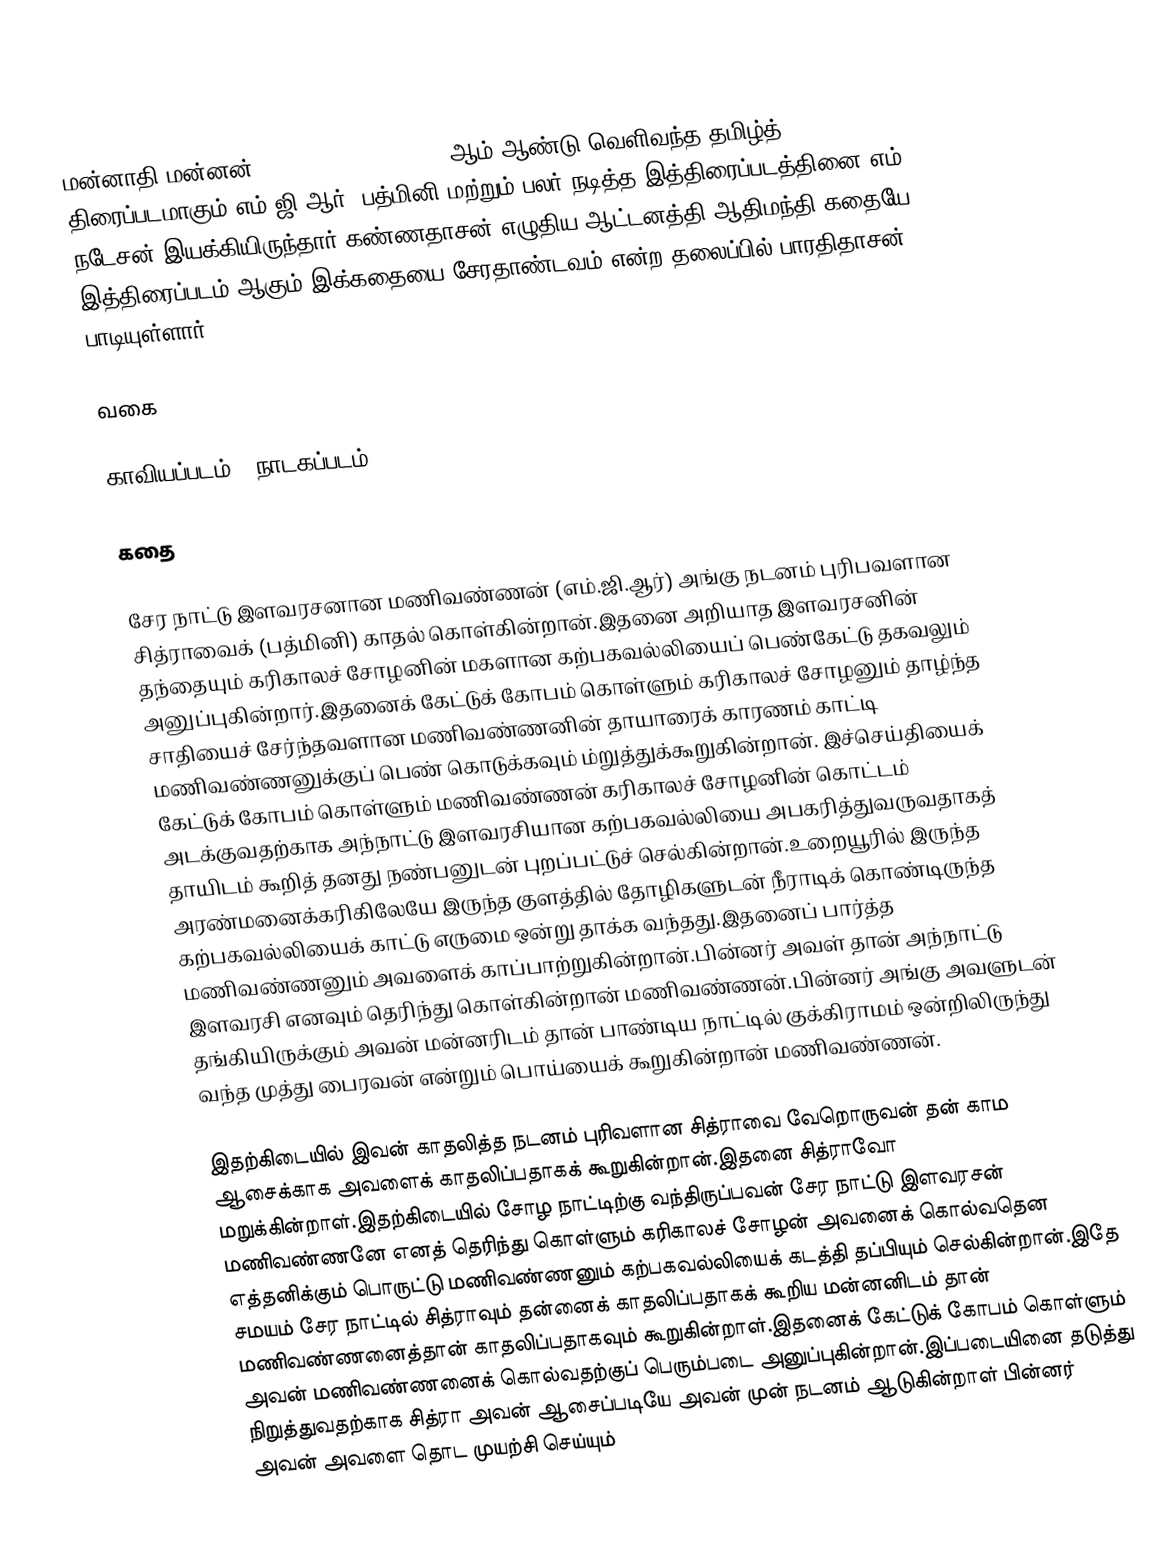
மன்னாதி மன்னன்(Mannathi Mannan) 1960 ஆம் ஆண்டு வெளிவந்த தமிழ்த் திரைப்படமாகும்.எம்.ஜி.ஆர், பத்மினி மற்றும் பலர் நடித்த இத்திரைப்படத்தினை எம். நடேசன் இயக்கியிருந்தார்.கண்ணதாசன் எழுதிய ஆட்டனத்தி ஆதிமந்தி கதையே இத்திரைப்படம் ஆகும்.இக்கதையை சேரதாண்டவம் என்ற தலைப்பில் பாரதிதாசன் பாடியுள்ளார்.

வகை

காவியப்படம் / நாடகப்படம்

கதை

சேர நாட்டு இளவரசனான மணிவண்ணன் (எம்.ஜி.ஆர்) அங்கு நடனம் புரிபவளான சித்ராவைக் (பத்மினி) காதல் கொள்கின்றான்.இதனை அறியாத இளவரசனின் தந்தையும் கரிகாலச் சோழனின் மகளான கற்பகவல்லியைப் பெண்கேட்டு தகவலும் அனுப்புகின்றார்.இதனைக் கேட்டுக் கோபம் கொள்ளும் கரிகாலச் சோழனும் தாழ்ந்த சாதியைச் சேர்ந்தவளான மணிவண்ணனின் தாயாரைக் காரணம் காட்டி மணிவண்ணனுக்குப் பெண் கொடுக்கவும் ம்றுத்துக்கூறுகின்றான். இச்செய்தியைக் கேட்டுக் கோபம் கொள்ளும் மணிவண்ணன் கரிகாலச் சோழனின் கொட்டம் அடக்குவதற்காக அந்நாட்டு இளவரசியான கற்பகவல்லியை அபகரித்துவருவதாகத் தாயிடம் கூறித் தனது நண்பனுடன் புறப்பட்டுச் செல்கின்றான்.உறையூரில் இருந்த அரண்மனைக்கரிகிலேயே இருந்த குளத்தில் தோழிகளுடன் நீராடிக் கொண்டிருந்த கற்பகவல்லியைக் காட்டு எருமை ஒன்று தாக்க வந்தது.இதனைப் பார்த்த மணிவண்ணனும் அவளைக் காப்பாற்றுகின்றான்.பின்னர் அவள் தான் அந்நாட்டு இளவரசி எனவும் தெரிந்து கொள்கின்றான் மணிவண்ணன்.பின்னர் அங்கு அவளுடன் தங்கியிருக்கும் அவன் மன்னரிடம் தான் பாண்டிய நாட்டில் குக்கிராமம் ஒன்றிலிருந்து வந்த முத்து பைரவன் என்றும் பொய்யைக் கூறுகின்றான் மணிவண்ணன்.

இதற்கிடையில் இவன் காதலித்த நடனம் புரிவளான சித்ராவை வேறொருவன் தன் காம ஆசைக்காக அவளைக் காதலிப்பதாகக் கூறுகின்றான்.இதனை சித்ராவோ மறுக்கின்றாள்.இதற்கிடையில் சோழ நாட்டிற்கு வந்திருப்பவன் சேர நாட்டு இளவரசன் மணிவண்ணனே எனத் தெரிந்து கொள்ளும் கரிகாலச் சோழன் அவனைக் கொல்வதென எத்தனிக்கும் பொருட்டு மணிவண்ணனும் கற்பகவல்லியைக் கடத்தி தப்பியும் செல்கின்றான்.இதே சமயம் சேர நாட்டில் சித்ராவும் தன்னைக் காதலிப்பதாகக் கூறிய மன்னனிடம் தான் மணிவண்ணனைத்தான் காதலிப்பதாகவும் கூறுகின்றாள்.இதனைக் கேட்டுக் கோபம் கொள்ளும் அவன் மணிவண்ணனைக் கொல்வதற்குப் பெரும்படை அனுப்புகின்றான்.இப்படையினை தடுத்து நிறுத்துவதற்காக சித்ரா அவன் ஆசைப்படியே அவன் முன் நடனம் ஆடுகின்றாள் பின்னர் அவன் அவளை தொட முயற்சி செய்யும்